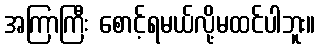
အကြာကြီး စောင့်ရမယ်လို့မထင်ပါဘူး။